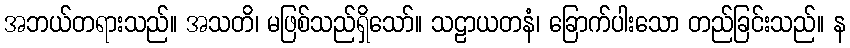
အဘယ်တရားသည်။ အသတိ၊ မဖြစ်သည်ရှိသော်။ သဠာယတနံ၊ ခြောက်ပါးသော တည်ခြင်းသည်။ န